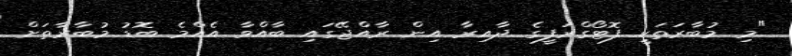
"މި މުބާރަތަކީ ފޮޓޯގްރަފީގެ ދާއިރާ އިން ރާއްޖޭގައި ބާއްވާ އެއްމެ ބޮޑު މުބާރާތަށް